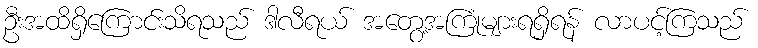
ဦးအထိရှိကြောင်းသိရသည် ဒါလီရယ် အတွေ့အကြုံများရရှိရန် လာပင့်ကြသည်